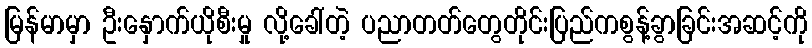
မြန်မာမှာ ဦးနှောက်ယိုစီးမှု လို့ခေါ်တဲ့ ပညာတတ်တွေတိုင်းပြည်ကစွန့်ခွာခြင်းအဆင့်ကို